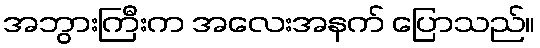
အဘွားကြီးက အလေးအနက် ပြောသည်။